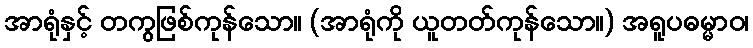
အာရုံနှင့် တကွဖြစ်ကုန်သော။ (အာရုံကို ယူတတ်ကုန်သော။) အရူပဓမ္မာဝ၊